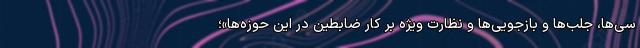
سی‌ها، جلب‌ها و بازجویی‌ها و نظارت ویژه بر کار ضابطین در این حوزه‌ها»؛